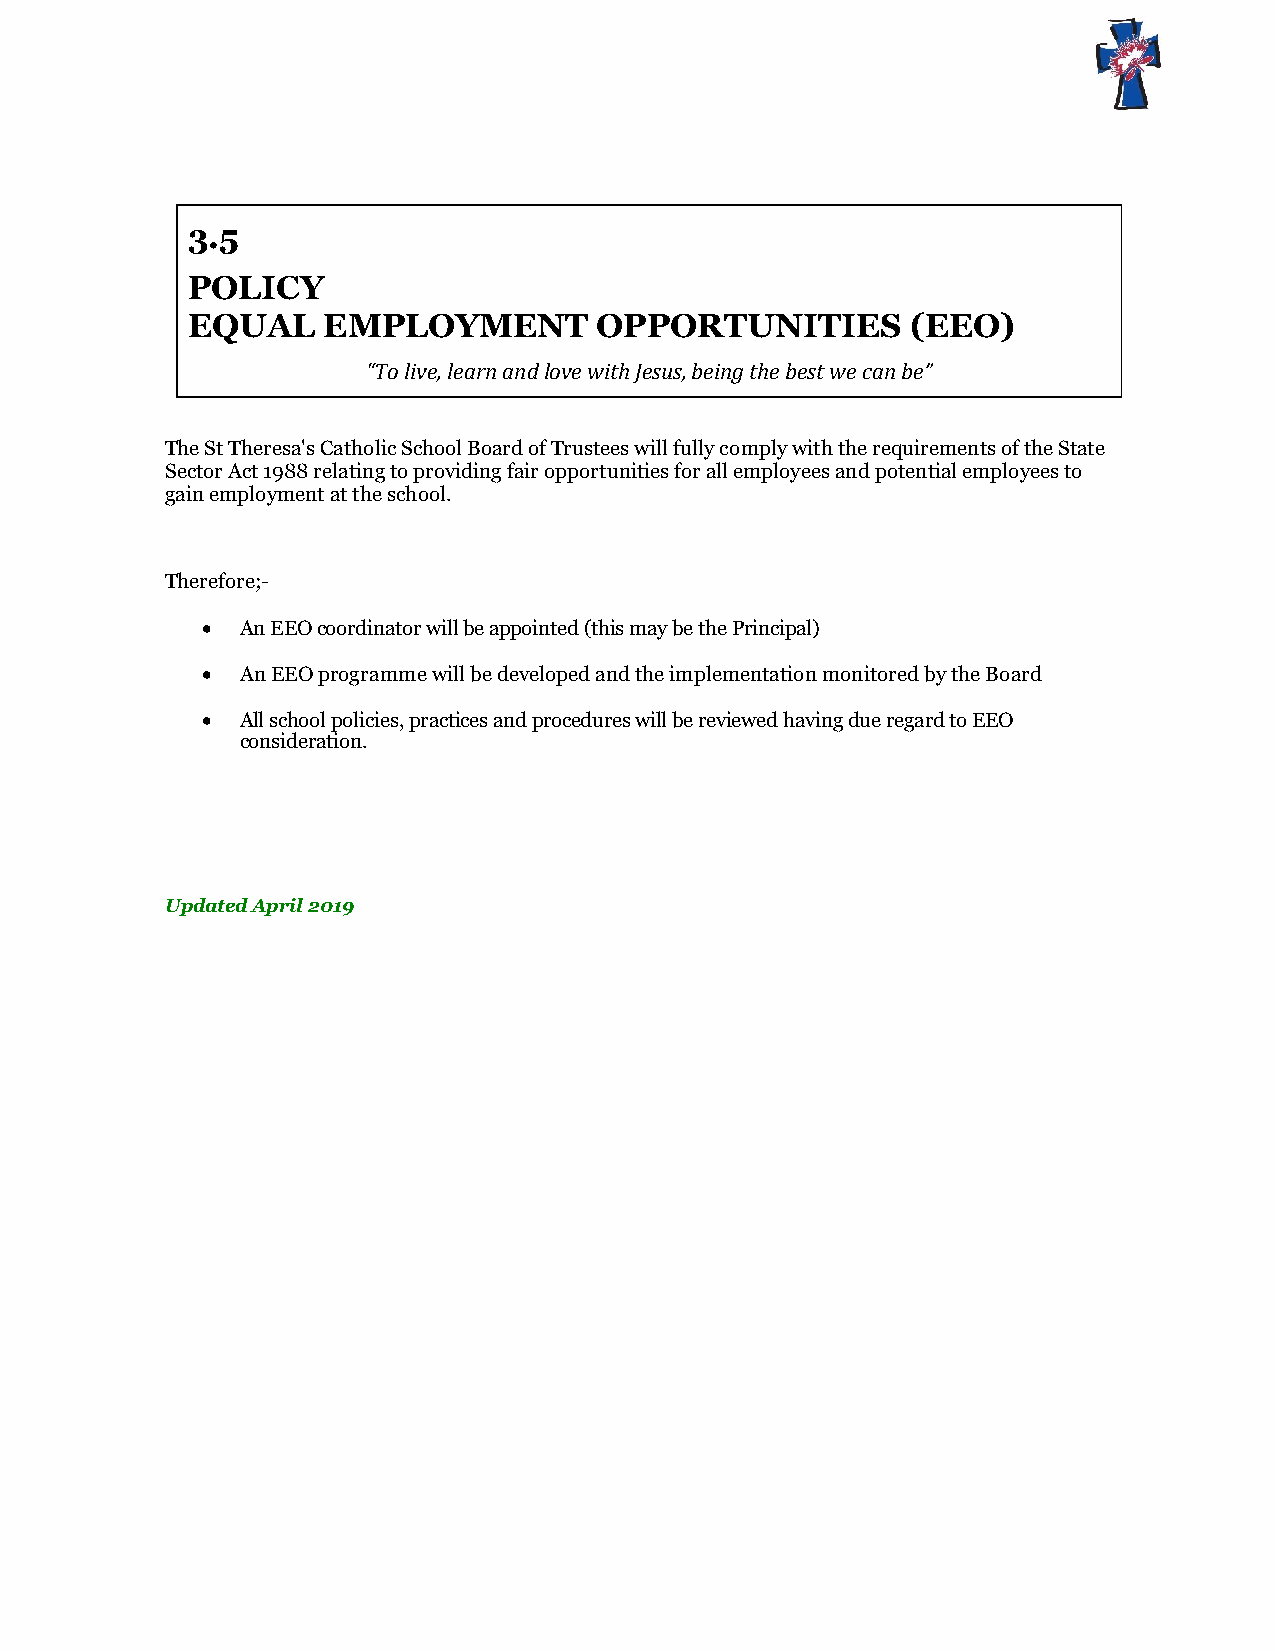
3.5
 POLICY
 EQUAL    EMPLOYMENT         OPPORTUNITIES       (EEO)
 “To live, learn and love with Jesus, being the best we can be”
 The St Theresa's Catholic School Board of Trustees will fully comply with the requirements of the State
 Sector Act 1988 relating to providing fair opportunities for all employees and potential employees to
 gain employment at the school.
 Therefore;-
   An EEO coordinator will be appointed (this may be the Principal)
   An EEO programme will be developed and the implementation monitored by the Board
   All school policies, practices and procedures will be reviewed having due regard to EEO
 consideration.
 Updated April 2019